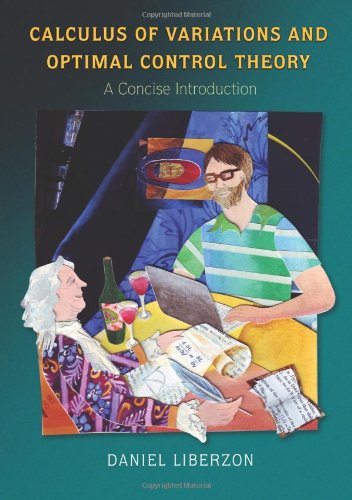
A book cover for Calculus of Variations and Optimal Control Theory: A Concise Introduction; Daniel Liberzon; Science & Math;